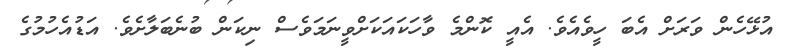
އުޅޭހެން ވަރަށް އެބަ ހީވެއެވެ. އެއީ ކޮންމެ ވާހަކައަކަށްވީނަމަވެސް ނިކަން ބުނެބަލާށެވެ. އަޑުއެހުމުގެ